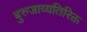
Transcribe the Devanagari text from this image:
बुरुजाव्यतिरिक्त